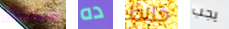
سيطلق ده خلاط يجب